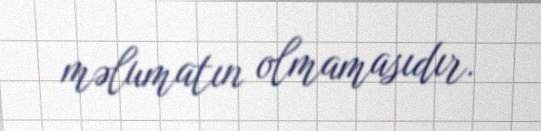
məlumatın olmamasıdır.